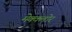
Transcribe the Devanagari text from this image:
मेक्क्लोर